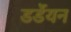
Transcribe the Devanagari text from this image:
डर्डेयन